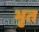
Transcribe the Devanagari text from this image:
भृत